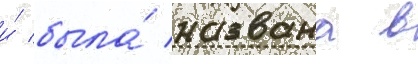
и́ была́ названа в